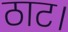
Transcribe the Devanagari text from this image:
ठाट।